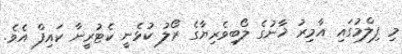
މި ފިލްމުގައި އާމިރު ޚާނުގެ ލޯބިވެރިޔާގެ ރޯލު ކުޅެނީ ކެޓުރީނާ ކައިފް އެވެ.